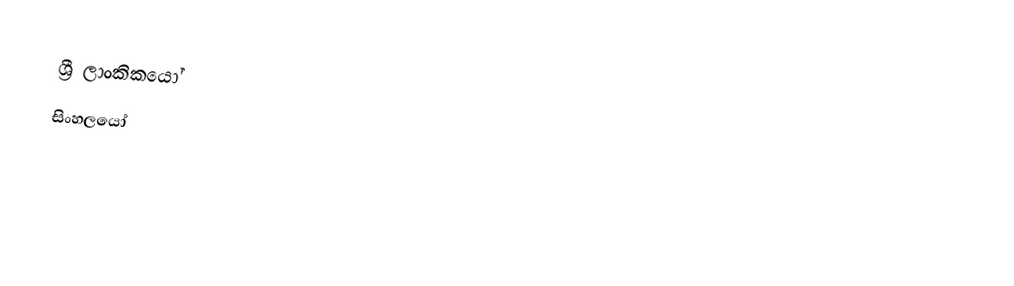
ශ්‍රී ලාංකිකයෝ
සිංහලයෝ